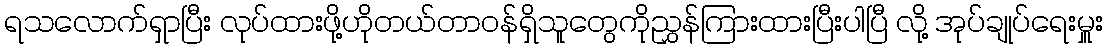
ရသလောက်ရှာပြီး လုပ်ထားဖို့ဟိုတယ်တာဝန်ရှိသူတွေကိုညွှန်ကြားထားပြီးပါပြီ လို့ အုပ်ချုပ်ရေးမှူး